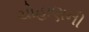
ચોહાણની